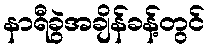
နာရီခွဲအချိန်ခန့်တွင်